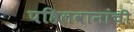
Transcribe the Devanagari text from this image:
पहिलवानांची